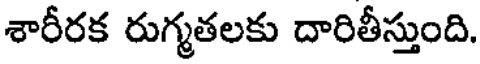
శారీరక రుగ్మతలకు దారితీస్తుంది.